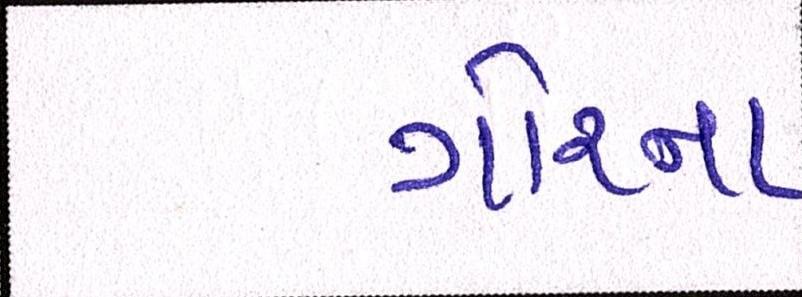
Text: ગોરના